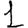
Digit: 1